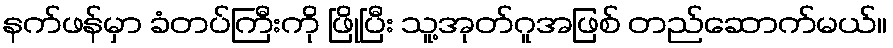
နက်ဖန်မှာ ခံတပ်ကြီးကို ဖြိုပြီး သူ့အုတ်ဂူအဖြစ် တည်ဆောက်မယ်။